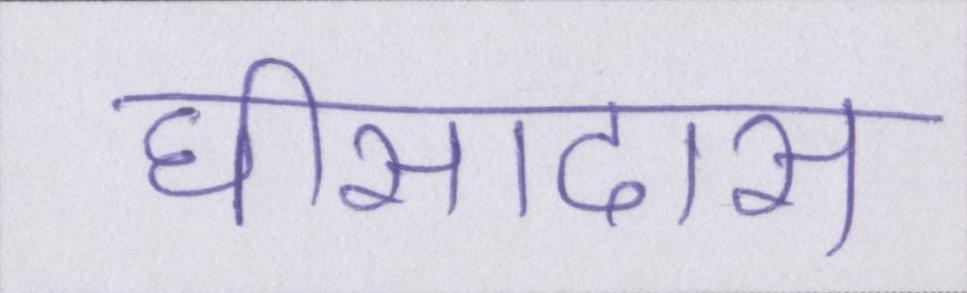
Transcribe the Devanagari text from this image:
घीसादास